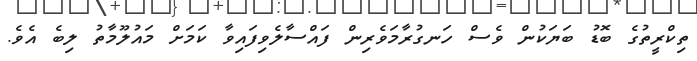
ތިކްރީތުގެ ބޮޑު ބަޔަކުން ވެސް ހަނގުރާމަވެރިން ފައްސާލެވިފައިވާ ކަމަށް މައުލޫމާތު ލިބެ އެވެ.